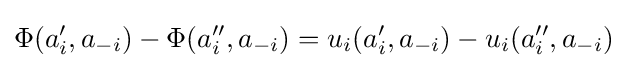
\Phi (a'_{i},a_{-i})-\Phi (a''_{i},a_{-i})=u_{i}(a'_{i},a_{-i})-u_{i}(a''_{i},a_{-i})